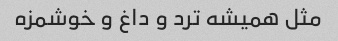
مثل همیشه ترد و داغ و خوشمزه